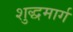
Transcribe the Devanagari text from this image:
शुद्धमार्ग